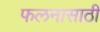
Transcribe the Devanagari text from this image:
फलनासाठी